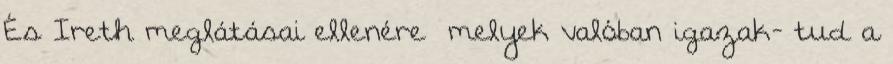
És Ireth meglátásai ellenére –melyek valóban igazak- tud a